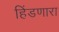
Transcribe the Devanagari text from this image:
हिंडणारा